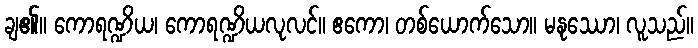
ချ၏။ ကောရဏ္ဍိယ၊ ကောရဏ္ဍိယလုလင်။ ဧကော၊ တစ်ယောက်သော။ မနုဿော၊ လူသည်။